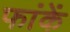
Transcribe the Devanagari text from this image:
फांकें